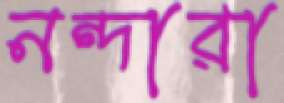
নন্দারা